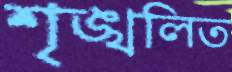
শৃঙ্খলিত